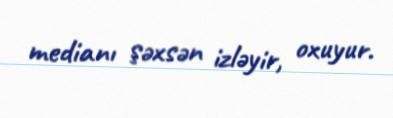
medianı şəxsən izləyir, oxuyur.